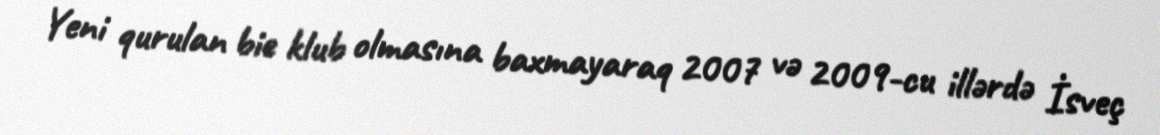
Yeni qurulan bie klub olmasına baxmayaraq 2007 və 2009-cu illərdə İsveç